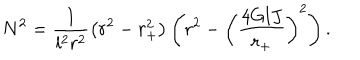
N ^ { 2 } = \frac { 1 } { l ^ { 2 } r ^ { 2 } } \left( r ^ { 2 } - r _ { + } ^ { 2 } \right) \left( r ^ { 2 } - \left( \frac { 4 G l J } { r _ { + } } \right) ^ { 2 } \right) .